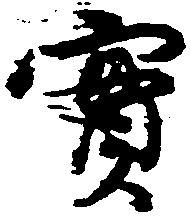
実